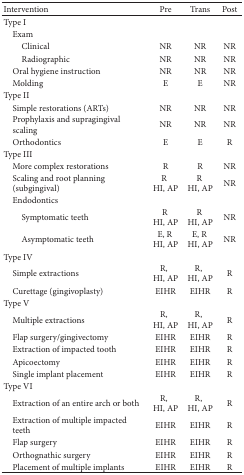
<table><thead><tr><td><b>Intervention</b></td><td><b>Pre</b></td><td><b>Trans</b></td><td><b>Post</b></td></tr></thead><tbody><tr><td>Type I</td><td> </td><td> </td><td> </td></tr><tr><td> Exam</td><td> </td><td> </td><td> </td></tr><tr><td>Clinical</td><td>NR</td><td>NR</td><td>NR</td></tr><tr><td>Radiographic</td><td>NR</td><td>NR</td><td>NR</td></tr><tr><td> Oral hygiene instruction</td><td>NR</td><td>NR</td><td>NR</td></tr><tr><td> Molding</td><td>E</td><td>E</td><td>NR</td></tr><tr><td>Type II</td><td> </td><td> </td><td> </td></tr><tr><td> Simple restorations (ARTs)</td><td>NR</td><td>NR</td><td>NR</td></tr><tr><td> Prophylaxis and supragingival scaling</td><td>NR</td><td>NR</td><td>NR</td></tr><tr><td> Orthodontics</td><td>E</td><td>E</td><td>R</td></tr><tr><td>Type III</td><td> </td><td> </td><td> </td></tr><tr><td> More complex restorations</td><td>R</td><td>R</td><td>NR</td></tr><tr><td> Scaling and root planning (subgingival)</td><td>RHI, AP</td><td>R HI, AP</td><td>NR</td></tr><tr><td> Endodontics</td><td> </td><td> </td><td> </td></tr><tr><td>Symptomatic teeth</td><td>R HI, AP</td><td>R HI, AP</td><td>NR</td></tr><tr><td>Asymptomatic teeth</td><td>E, R HI, AP</td><td>E, R HI, AP</td><td>NR</td></tr><tr><td>Type IV</td><td> </td><td> </td><td> </td></tr><tr><td> Simple extractions</td><td>R,HI, AP</td><td>R,HI, AP</td><td>R</td></tr><tr><td> Curettage (gingivoplasty)</td><td>EIHR</td><td>EIHR</td><td>R</td></tr><tr><td>Type V</td><td> </td><td> </td><td> </td></tr><tr><td> Multiple extractions</td><td>R,HI, AP</td><td>R,HI, AP</td><td>R</td></tr><tr><td> Flap surgery/gingivectomy</td><td>EIHR</td><td>EIHR</td><td>R</td></tr><tr><td> Extraction of impacted tooth</td><td>EIHR</td><td>EIHR</td><td>R</td></tr><tr><td> Apicoectomy</td><td>EIHR</td><td>EIHR</td><td>R</td></tr><tr><td> Single implant placement</td><td>EIHR</td><td>EIHR</td><td>R</td></tr><tr><td>Type VI</td><td> </td><td> </td><td> </td></tr><tr><td> Extraction of an entire arch or both</td><td>R,HI, AP</td><td>R,HI, AP</td><td>R</td></tr><tr><td> Extraction of multiple impacted teeth</td><td>EIHR</td><td>EIHR</td><td>R</td></tr><tr><td> Flap surgery</td><td>EIHR</td><td>EIHR</td><td>R</td></tr><tr><td> Orthognathic surgery</td><td>EIHR</td><td>EIHR</td><td>R</td></tr><tr><td> Placement of multiple implants</td><td>EIHR</td><td>EIHR</td><td>R</td></tr></tbody></table>